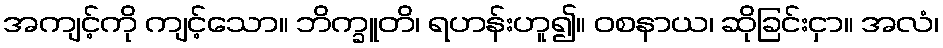
အကျင့်ကို ကျင့်သော။ ဘိက္ခူတိ၊ ရဟန်းဟူ၍။ ဝစနာယ၊ ဆိုခြင်းငှာ။ အလံ၊